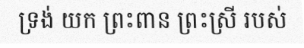
ទ្រង់ យក ព្រះពាន ព្រះស្រី របស់